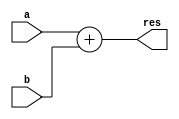
module adder16bits (a, b, res);

// Inputs
input 	[15: 0]	a;
input 	[ 9: 0]	b;

// Outputs
output 	[15: 0]	res;

// Registers
reg		[15: 0]	res;

// Parameters
always@(*)
begin
	res = a+b;
end

endmodule